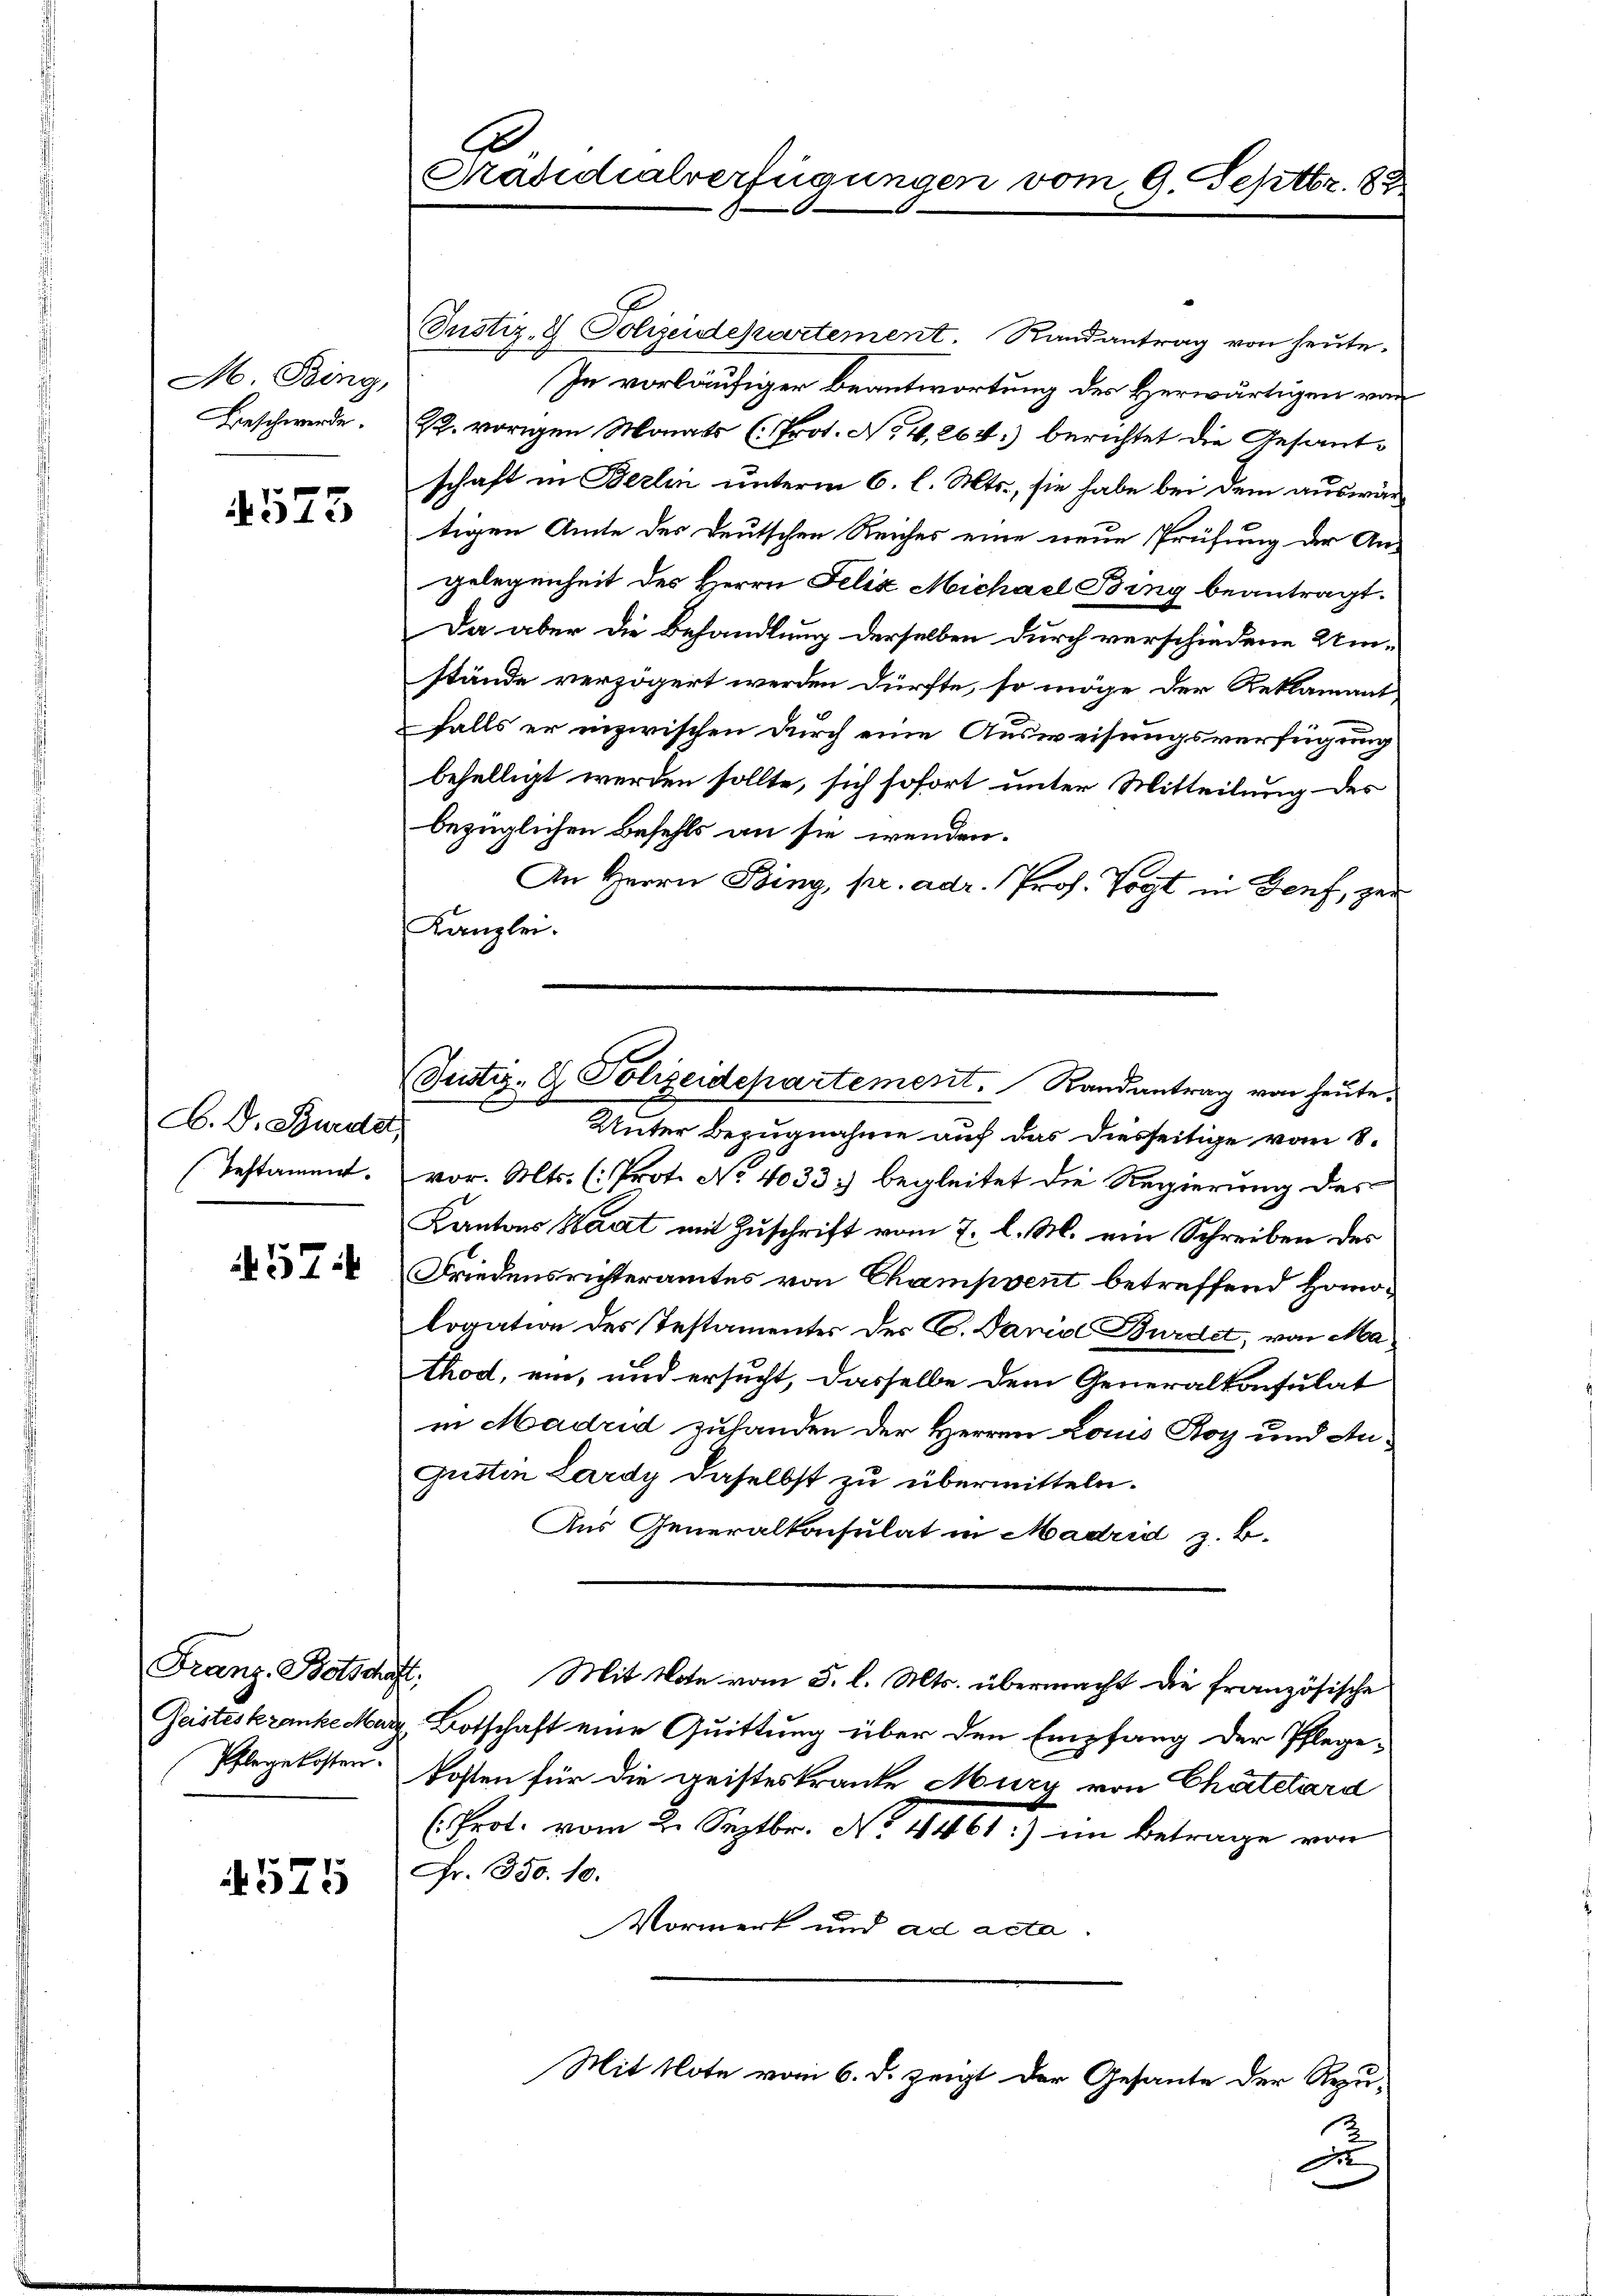
M. Bing,
Beschwerde.

573

A. D. Stundet,
Testament.

574

Franz Botschaft.
Geisteskranke Marz

575

Präsidialverfügungen vom 9. Septbr. 82

Justiz- & Polizeidepartement. Randantrag von heute.
In vorläufiger Beantwortung des Herwärtigen von
22. vorigen Monats (Prot. No 4,264) berichtet die Gesantschaft in Berlin unterm 6. l. Mts., sie habe bei dem auswärtigen Amte des deutschen Reiches eine neue Prüfung der An-
gelegenheit des Herrn Felix Michael Bing beantragt.
Da aber die Behandlung derselben durch verschiedene Um-
stände verzögert werden dürfte, so möge der Reklamant
falls er inzwischen durch eine Ausweisungsverfügung
behelligt werden sollte, sich sofort unter Mitteilung des
bezüglichen Befehls an sie wenden.
An Herrn Bing, pr. adr. Prof. Vogt in Genf, zur
Kanzlei.
Unter Bezugnahme auf das diesseitige vom 8.
vor. Mts. (: Prot. No 4033) begleitet die Regierung des
Kantons Saat mit Zuschrift vom 7. l. M. ein Schreiben des
Friedensrichteramtes von Champvent betreffend Homologation des Testamentes des C. Daniel Bürdet, von Mathod, ein, und ersucht, dasselbe dem Generalkonsulat
in Madrid zuhanden der Herren Louis Roy und An¬
Gusten Lardy daselbst zu übermitteln.
Aus Generalkonsulat in Madrid z. B.
Mit Note vom 3. l. Mts. übermacht die französische
Botschaft eine Quittung über den Empfang der Pflege¬
Pflegekosten Kosten für die geisteskranke Mury von Chatelard
(Prot. vom 2. Septbr. No. 4461.) im Betrage von
Fr. 350. 10.
Vormerk und ad acta
Mit Note vom 6. d. zeigt der Gesante der Rezu-
u

Justiz- & Polizeidepartement. Randantrag von heute.
C